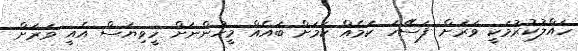
ހައްލުކުރުމަކީ ވަރަށް ފަސޭހަ ކަމެއް ކަމަށް ބައެއް މީހުންނަށް ހީވިޔަސް އެއީ ވަރަށް